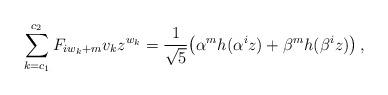
LaTeX: \begin{align*}\sum_{k = c_1 }^{c_2 } {F_{iw_k + m} v_kz^{w_k} } = \frac{1}{\sqrt5}\big(\alpha^m h(\alpha ^i z) + \beta^m h(\beta ^i z)\big)\,,\end{align*}